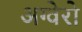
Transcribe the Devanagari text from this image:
अग्वेरो